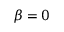
\beta = 0